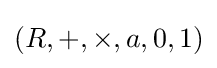
(R,+,\times ,a,0,1)